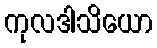
ကုလဒါသိယော